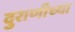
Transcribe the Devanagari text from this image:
दुराणीच्या